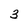
Character: 3